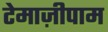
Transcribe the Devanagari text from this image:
टेमाज़ीपाम